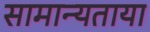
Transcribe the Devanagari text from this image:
सामान्यताया